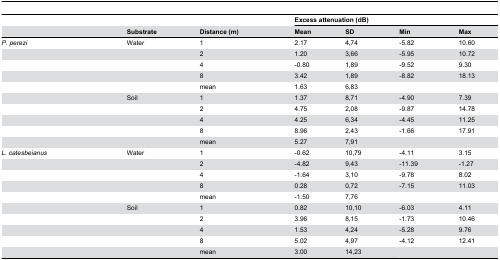
<table><thead><tr><td></td><td></td><td></td><td colspan="4"><b>Excess attenuation (dB)</b></td></tr><tr><td></td><td><b>Substrate</b></td><td><b>Distance (m)</b></td><td><b>Mean</b></td><td><b>SD</b></td><td><b>Min</b></td><td><b>Max</b></td></tr></thead><tbody><tr><td><i>P. perezi</i></td><td>Water</td><td>1</td><td>2.17</td><td>4,74</td><td>-5.82</td><td>10.60</td></tr><tr><td></td><td></td><td>2</td><td>1.20</td><td>3,66</td><td>-5.95</td><td>10.72</td></tr><tr><td></td><td></td><td>4</td><td>-0.80</td><td>1,89</td><td>-9.52</td><td>9.30</td></tr><tr><td></td><td></td><td>8</td><td>3.42</td><td>1,89</td><td>-8.82</td><td>18.13</td></tr><tr><td></td><td></td><td>mean</td><td>1.63</td><td>6,83</td><td></td><td></td></tr><tr><td></td><td>Soil</td><td>1</td><td>1.37</td><td>8,71</td><td>-4.90</td><td>7.39</td></tr><tr><td></td><td></td><td>2</td><td>4.75</td><td>2,08</td><td>-9.87</td><td>14.78</td></tr><tr><td></td><td></td><td>4</td><td>4.25</td><td>6,34</td><td>-4.45</td><td>11.25</td></tr><tr><td></td><td></td><td>8</td><td>8.96</td><td>2,43</td><td>-1.66</td><td>17.91</td></tr><tr><td></td><td></td><td>mean</td><td>5.27</td><td>7,91</td><td></td><td></td></tr><tr><td><i>L. catesbeianus</i></td><td>Water</td><td>1</td><td>-0.62</td><td>10,79</td><td>-4.11</td><td>3.15</td></tr><tr><td></td><td></td><td>2</td><td>-4.82</td><td>9,43</td><td>-11.39</td><td>-1.27</td></tr><tr><td></td><td></td><td>4</td><td>-1.64</td><td>3,10</td><td>-9.78</td><td>8.02</td></tr><tr><td></td><td></td><td>8</td><td>0.28</td><td>0,72</td><td>-7.15</td><td>11.03</td></tr><tr><td></td><td></td><td>mean</td><td>-1.50</td><td>7,76</td><td></td><td></td></tr><tr><td></td><td>Soil</td><td>1</td><td>0.82</td><td>10,10</td><td>-6.03</td><td>4.11</td></tr><tr><td></td><td></td><td>2</td><td>3.96</td><td>8,15</td><td>-1.73</td><td>10.46</td></tr><tr><td></td><td></td><td>4</td><td>1.53</td><td>4,24</td><td>-5.28</td><td>9.76</td></tr><tr><td></td><td></td><td>8</td><td>5.02</td><td>4,97</td><td>-4.12</td><td>12.41</td></tr><tr><td></td><td></td><td>mean</td><td>3.00</td><td>14,23</td><td></td><td></td></tr></tbody></table>